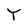
Character: T